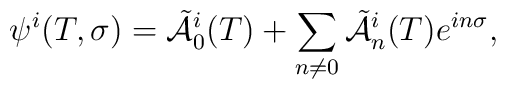
\psi^{i}(T,\sigma)=\tilde{\cal A}\vphantom{\cal A}_{0}^{i}(T)+\sum_{n\not=0}\tilde{\cal A}\vphantom{\cal A}_{n}^{i}(T)e^{in\sigma} ,